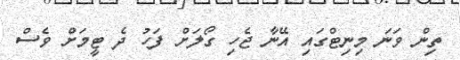
ތިން ވަނަ މިނިޓްގައި އޭނާ ޖެހި ގޯލަށް ފަހު ދެ ޓީމަށް ވެސް